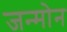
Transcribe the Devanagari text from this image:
जन्मोन